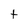
Character: t